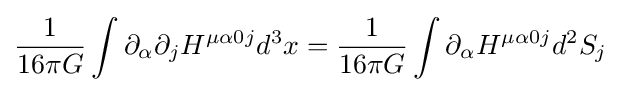
{1 \over 16\pi G}\int \partial _{\alpha }\partial _{j}H^{\mu \alpha 0j}d^{3}x={1 \over 16\pi G}\int \partial _{\alpha }H^{\mu \alpha 0j}d^{2}S_{j}